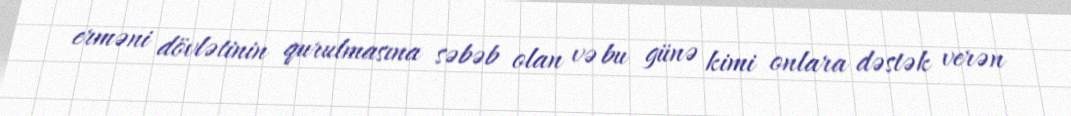
erməni dövlətinin qurulmasına səbəb olan və bu günə kimi onlara dəstək verən